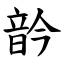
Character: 䪩